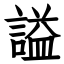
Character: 謚